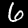
Label: 6